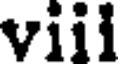
viil